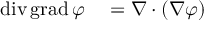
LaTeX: U \to R ^ { n }